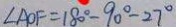
\angle A O F = 1 8 0 ^ { \circ } - 9 0 ^ { \circ } - 2 7 ^ { \circ }